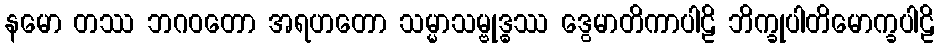
နမော တဿ ဘဂဝတော အရဟတော သမ္မာသမ္ဗုဒ္ဓဿ ဒွေမာတိကာပါဠိ ဘိက္ခုပါတိမောက္ခပါဠိ